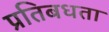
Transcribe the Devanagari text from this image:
प्रतिबधता